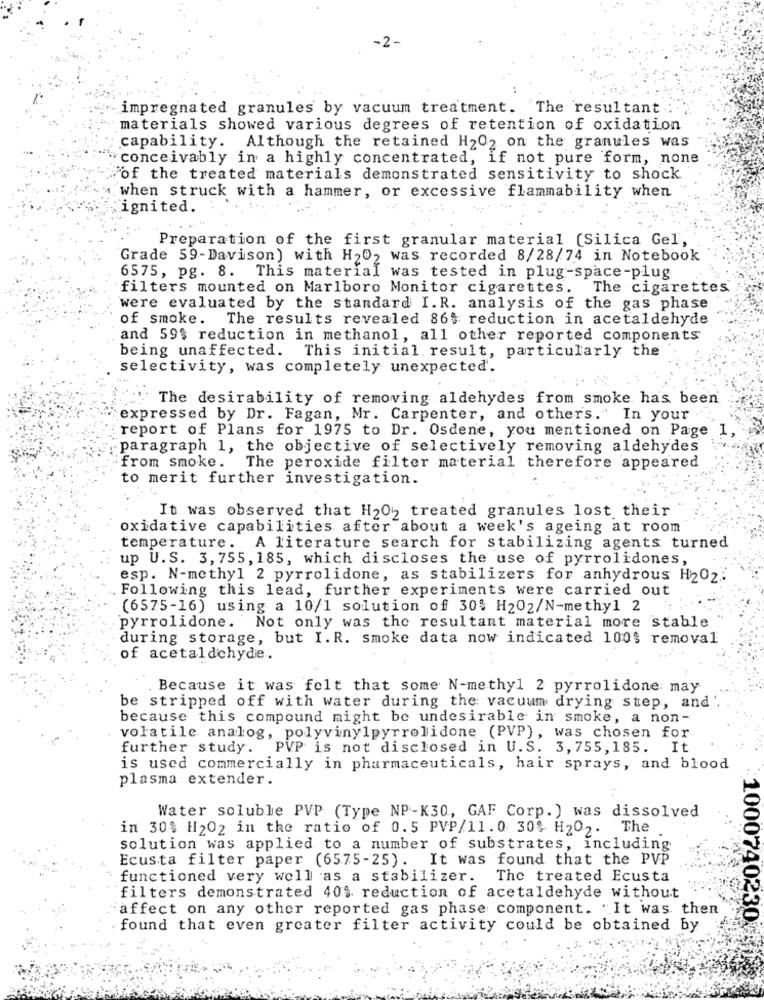
-2-
impregnated granules by vacuum treatment. The resultant
materials showed various degrees of retention of oxidation
capability. Although the retained H2O2 on the granules was
conceivably in a highly concentrated, if not pure form, none
of the treated materials demonstrated sensitivity to shock
when struck with a hammer, or excessive flammability when
ignited.
Preparation of the first granular material (Silica Gel,
Grade 59-Davison) with H202 was recorded 8/28/74 in Notebook
6575, pg. 8.
This material was tested in plug-space-plug
filters mounted on Marlboro Monitor cigarettes. The cigarettes
were evaluated by the standard I.R. analysis of the gas phase
of smoke. The results revealed 86% reduction in acetaldehyde
and 59% reduction in methanol, all other reported components
being unaffected.
This initial result, particularly the
selectivity, was completely unexpected'.
The desirability of removing aldehydes from smoke has been
expressed by Dr. Fagan, Mr. Carpenter, and others." In your
report of Plans for 1975 to Dr. Osdene, you mentioned on Page 1,
paragraph 1, the objective of selectively removing aldehydes
from smoke.
The peroxide filter material therefore appeared
to merit further investigation.
It was observed that H2O2 treated granules lost their
oxidative capabilities after about a week's ageing at room
temperature. A literature search for stabilizing agents turned
up U.S. 3, 755, 185, which discloses the use of pyrrolidones,
esp. N-methyl 2 pyrrolidone, as stabilizers for anhydrous H202.
Following this lead, further experiments were carried out
(6575-16) using a 10/1 solution of 30% H202/N-methyl 2
pyrrolidone. Not only was the resultant material more stable
during storage, but I.R. smoke data now indicated 100$ removal
of acetaldehyde ..
Because it was felt that some N-methyl 2 pyrrolidone: may
be stripped off with water during the: vacuum drying step, and
because this compound might be undesirable in smoke, a non-
volatile analog, polyvinylpyrrolidone (PVP), was chosen for
further study.
PVP is not disclosed in U.S. 3,755,185. It
is used commercially in pharmaceuticals, hair sprays, and blood
plasma extender.
Water soluble PVP (Type NP-K30, GAF Corp. ) was dissolved
in 30$ H202 in the ratio of 0.5 PVP/11. 0 30% H202. The
solution was applied to a number of substrates, including
Ecusta filter paper (6575-25). It was found that the PVP
functioned very well as a stabilizer. The treated Ecusta
filters demonstrated 40% reduction of acetaldehyde without
affect on any other reported gas phase component. "It was then
found that even greater filter activity could be obtained by
1000740230¢